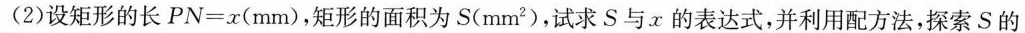
(2)设矩形的长$$P N = x ( m m )$$，矩形的面积为S(mm^{2})，试求S与x的表达式，并利用配方法，探索S的